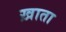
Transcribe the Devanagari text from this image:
ख़ाता